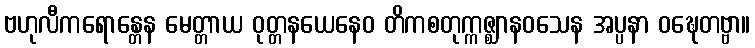
ဗဟုလီကရောန္တေန မေတ္တာယ ဝုတ္တနယေနေဝ တိကစတုက္ကဇ္ဈာနဝသေန အပ္ပနာ ဝဍ္ဎေတဗ္ဗာ။